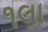
૧લા